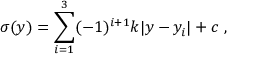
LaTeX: \sigma ( y ) = \sum _ { i = 1 } ^ { 3 } ( - 1 ) ^ { i + 1 } k | y - y _ { i } | + c ~ , ~ \,